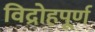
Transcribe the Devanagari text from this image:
विद्रोहपूर्ण